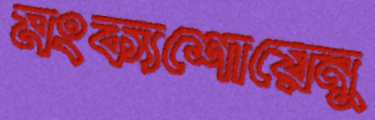
মংক্যশোয়েনু